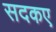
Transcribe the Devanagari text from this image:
सदकए